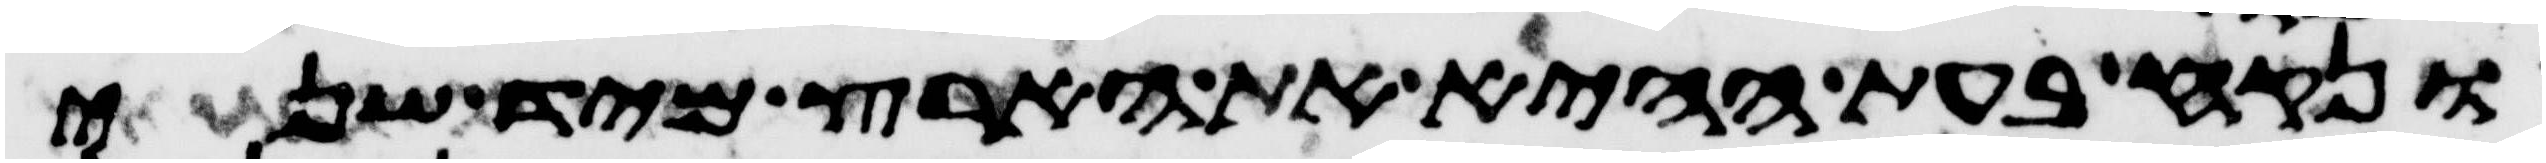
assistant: ונקח בעת ההיא את הארץ מיד שני